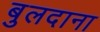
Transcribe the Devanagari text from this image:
बुलदाना